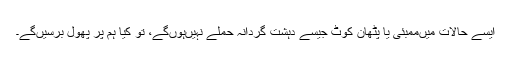
ایسے حالات میںممبئی یا پٹھان کوٹ جیسے دہشت گردانہ حملے نہیںہوںگے، تو کیا ہم پر پھول برسیںگے۔